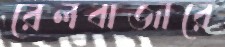
রেলবাজারে